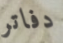
دفاتر